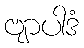
ဗျာပါဒံ